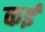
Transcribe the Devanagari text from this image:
कर्इं